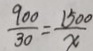
\frac { 9 0 0 } { 3 0 } = \frac { 1 5 0 0 } { x }